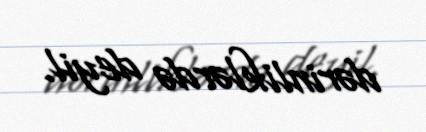
dərinliklərdə deyil.